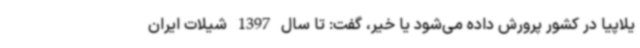
یلاپیا در کشور پرورش داده می‌شود ‌یا خیر، گفت: تا سال 1397 شیلات ایران